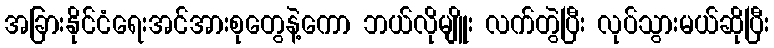
အခြားနိုင်ငံရေးအင်အားစုတွေနဲ့ကော ဘယ်လိုမျိူး လက်တွဲပြီး လုပ်သွားမယ်ဆိုပြီး